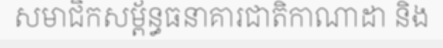
សមាជិកសម្ព័ន្ធធនាគារជាតិកាណាដា និង